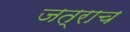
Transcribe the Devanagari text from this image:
जत्राच